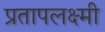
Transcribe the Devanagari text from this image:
प्रतापलक्ष्मी